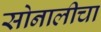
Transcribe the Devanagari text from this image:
सोनालीचा